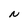
Character: N